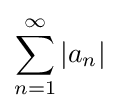
\sum _{n=1}^{\infty }|a_{n}|